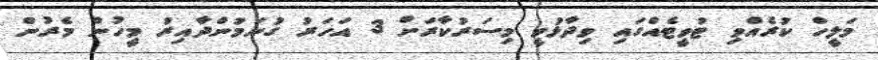
މަލީހް ކުރެއްވި ޓުވީޓެއްގައި ވިދާޅުވީ މިސަރުކާރަށް 3 އަހަރު ގުނަމުންދާއިރު މީހުން މެރުން